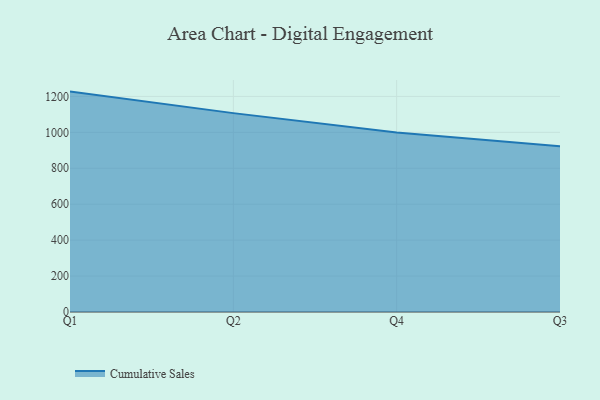
{"axis": {"x": "Quarter", "y": "Conversion Rate (%)"}, "legend": ["Cumulative Sales"], "data": [{"x": "Q1", "y": 1226.8, "type": "Cumulative Sales"}, {"x": "Q2", "y": 1107.0, "type": "Cumulative Sales"}, {"x": "Q4", "y": 999.0, "type": "Cumulative Sales"}, {"x": "Q3", "y": 922.8, "type": "Cumulative Sales"}]}